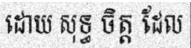
ដោយ សុទ្ធ ចិត្ត ដែល